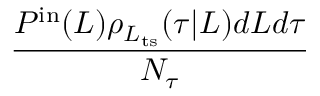
\frac { P ^ { \mathrm { i n } } ( L ) \rho _ { L _ { \mathrm { t s } } } ( \tau | L ) d L d \tau } { N _ { \tau } }